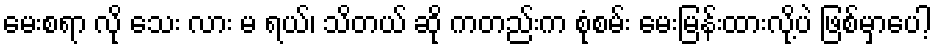
မေးစရာ လို သေး လား မ ရယ်၊ သိတယ် ဆို ကတည်းက စုံစမ်း မေးမြန်းထားလို့ပဲ ဖြစ်မှာပေါ့